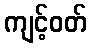
ကျင့်ဝတ်